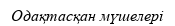
Одақтасқан мүшелері